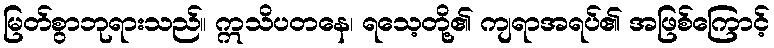
မြတ်စွာဘုရားသည်။ ဣသိပတနေ၊ ရသေ့တို့၏ ကျရာအရပ်၏ အဖြစ်ကြောင့်